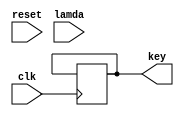
`timescale 1ns / 1ps
//////////////////////////////////////////////////////////////////////////////////
// Company: 
// Engineer: 
// 
// Design Name: 
// Module Name: FinalEncryption
// Project Name: 
// Target Devices: 
// Tool Versions: 
// Description: 
// 
// Dependencies: 
// 
// Revision:
// Revision 0.01 - File Created
// Additional Comments:
// 
//////////////////////////////////////////////////////////////////////////////////

module FinalEncryption(
input clk, 
input reset, 
input [7:0] lamda,   //(p-1)(q-1)
output reg [7:0] key
    );
    
 reg [7:0] count=0;  
  //checking registers (determine when to move to next state)
  reg chooseE=0;
  reg IsCoprime=0;  //output of CoprimeCheck module sotred here
  reg pickEkey=0;
  reg [7:0] coPrimeValues [200:0]; //max n and p value is 15 thus max no of entries 1-> lamda = (15-1)(15-1) = 196
  reg [7:0] i=1;   //counter for array
  reg [7:0] iPos=0;
  reg [7:0]keyPos=0;
  reg [7:0] temp;
  //integer i;
  reg [4:0] state=0;
  reg populate=1;
  
  reg [7:0] a;
  reg [7:0] b;
  reg [7:0] temp_a;
   always @(posedge clk)
   begin 
   if(reset)
   begin
       populate<=1;
       chooseE<=0;
       i<=0;
       count<=0;
       pickEkey<=0;
       iPos<=0;
       key<=0;
       keyPos<=0;
   end //end reset
     if(populate & lamda>0)
     begin
            a=lamda;
            b=i;
            temp_a=a;
            populate<=0;
            chooseE<=1;
     end
     if(chooseE)
     begin
            
           case(state)
           0:begin
               temp_a=a;
                a=b;
                b=temp_a%b;
                 if(b==0)
                begin
                  state<=1;
                 end
           end  //end state 0
           1:begin
           if(a==1)  //value is coprime
               begin
                coPrimeValues[count] <= i;
                count<=count +1;
                
                end
            if(i==lamda)
            begin
             chooseE<=0;
             iPos<=count; 
             count<=0;
             chooseE<=0;
             pickEkey<=1;
             i=0;
            end
            else
            begin
            i=i+1;
            a=lamda;
            b=i;
            temp_a=a;
            state=0;
            end
           end //end state 1
           endcase;
      
     end //end chooseE
     
   if(pickEkey)
   begin
   if(iPos%2==0)  //if keypos is even
       keyPos=iPos/2;
       else
       begin
       iPos =iPos+1;  //make kPos even if it is odd by +1
       keyPos=iPos/2;
       end 
       key = coPrimeValues[keyPos];
       pickEkey=0;  //stopping this if statement once key is choosen
   end //end pickEkey
   end //end clk
 
endmodule